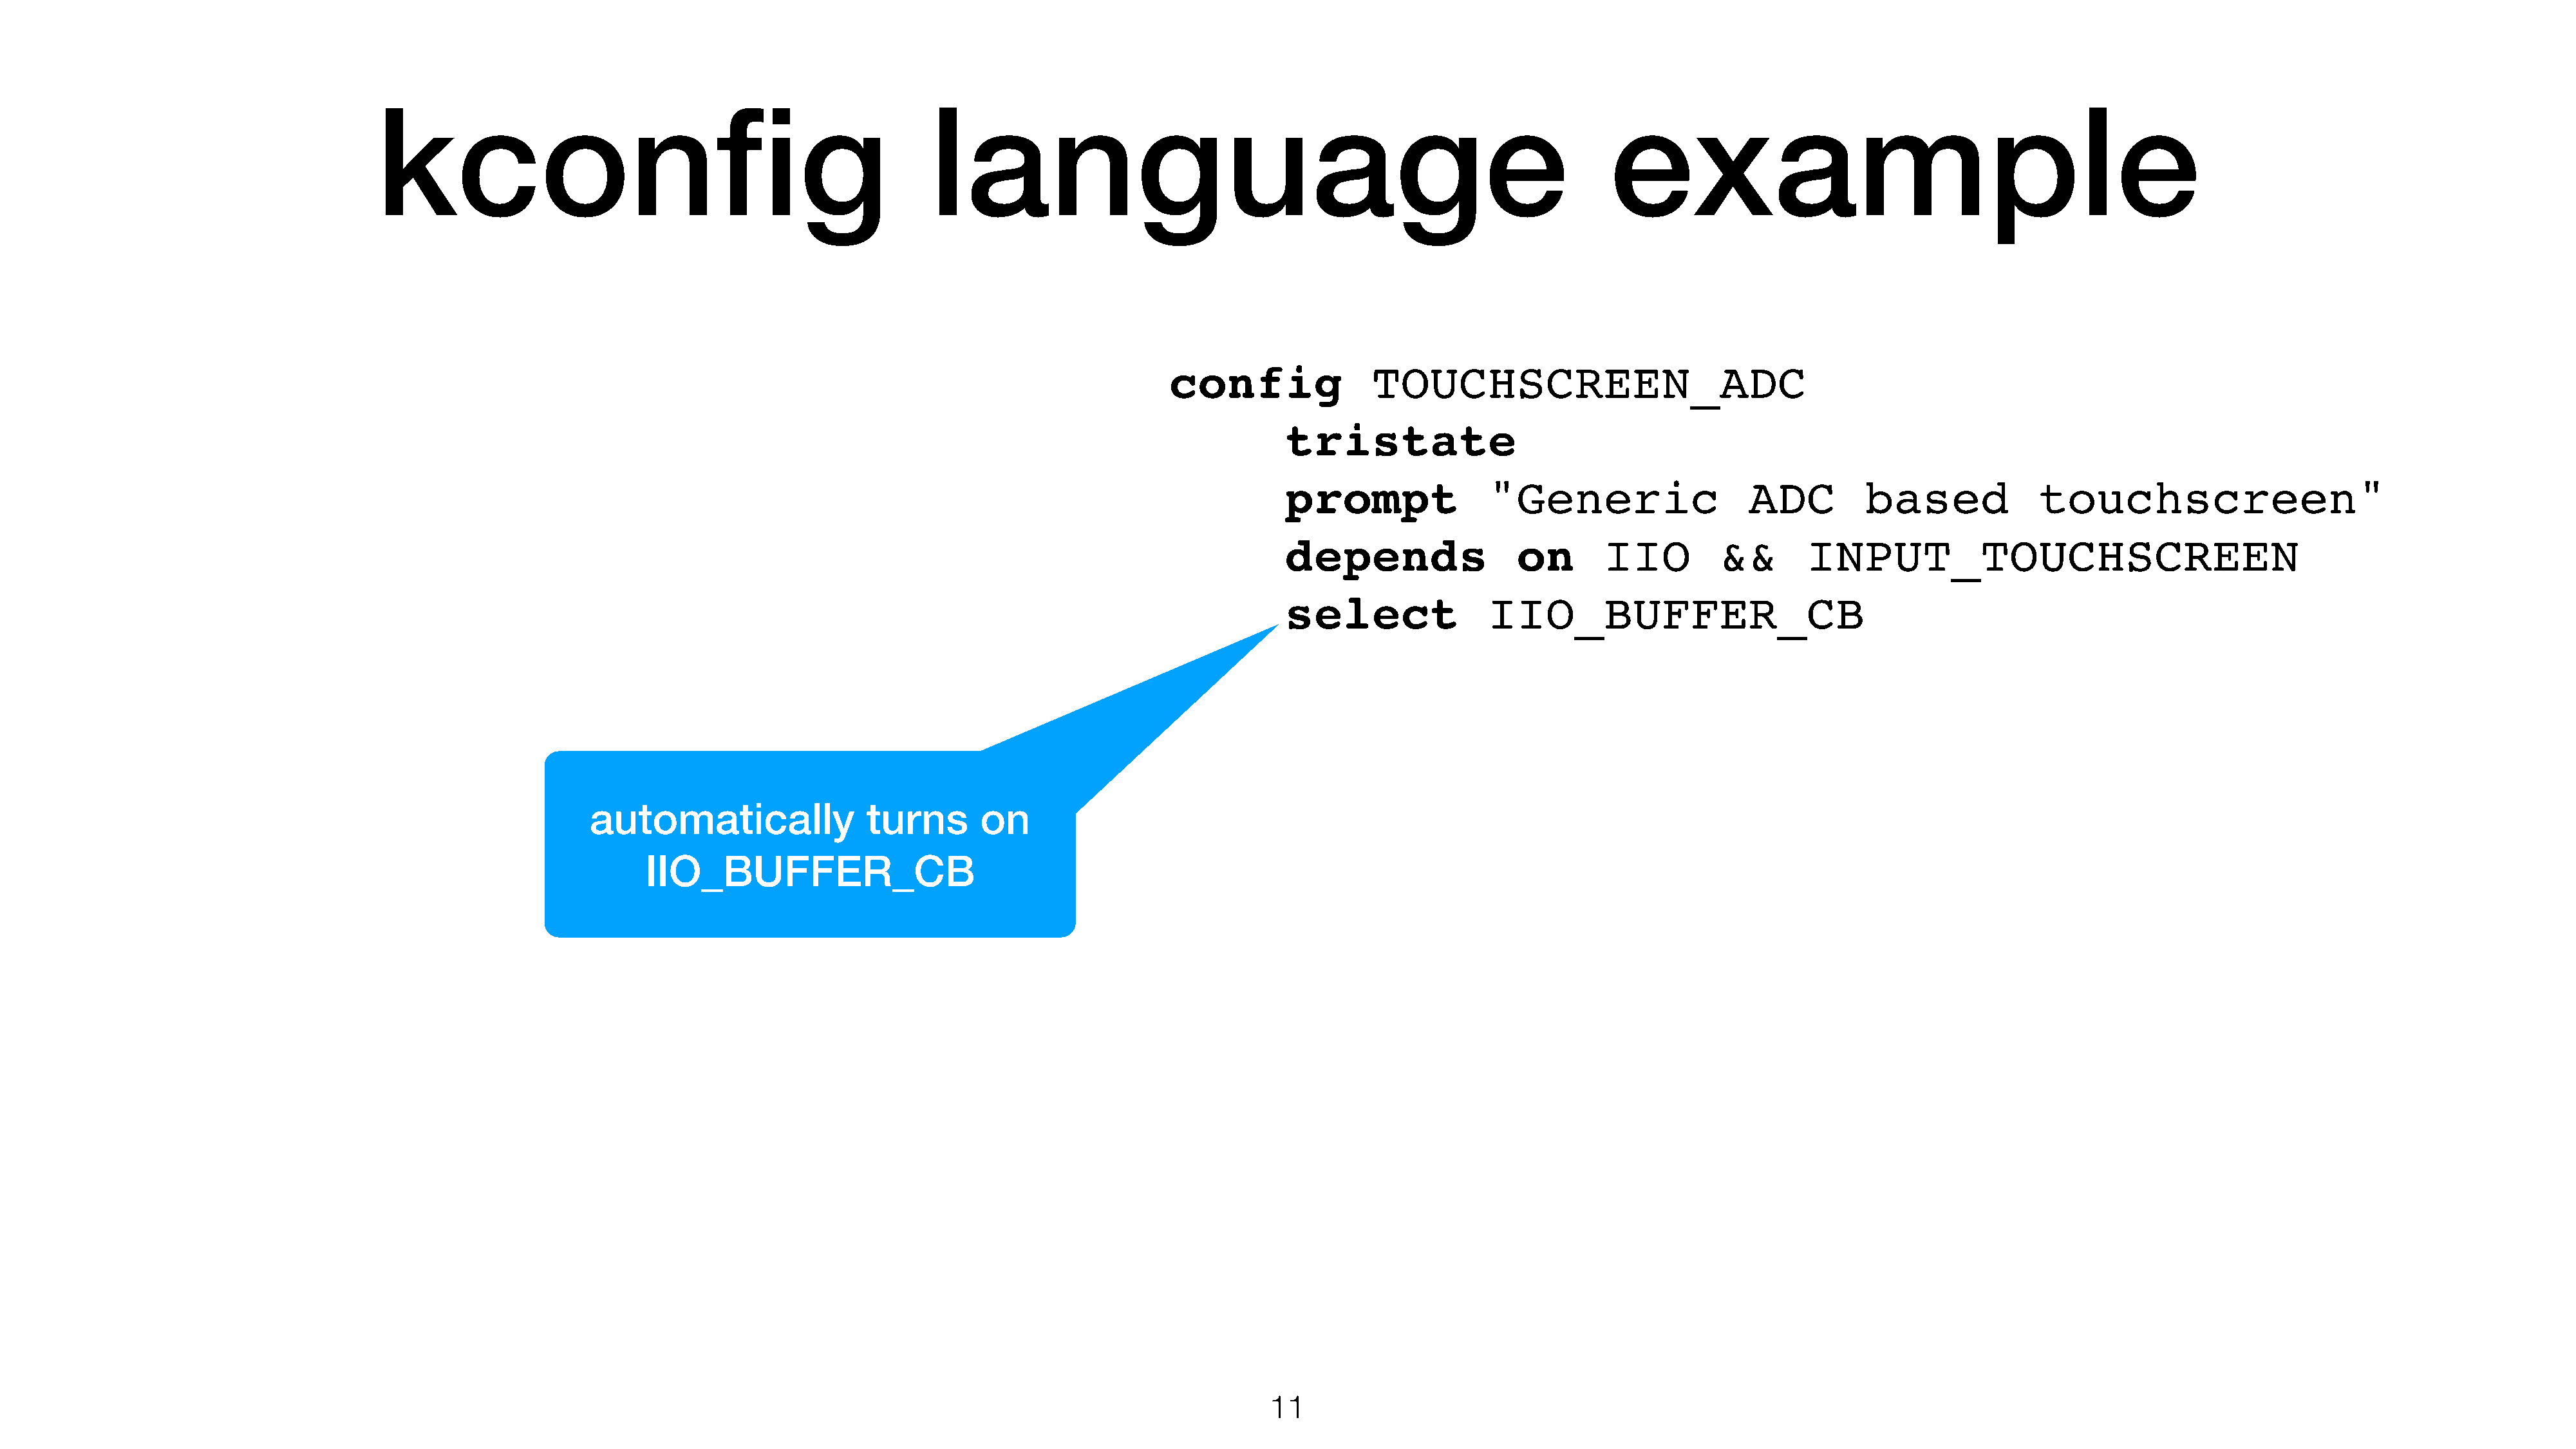
kconfig                                                  language                                                             example
 config               TOUCHSCREEN_ADC
 tristate
 prompt               "Generic                   ADC         based             touchscreen"
 depends                 on       IIO         &&       INPUT_TOUCHSCREEN
 select               IIO_BUFFER_CB
 automatically               turns       on
 IIO_BUFFER_CB
 11